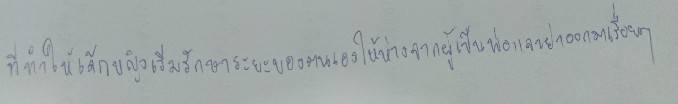
ที่ทำให้เด็กหญิงเริ่มรักษาระยะของตนเองให้ห่างจากผู้เป็นพ่อและย่าออกมาเรื่อยๆ